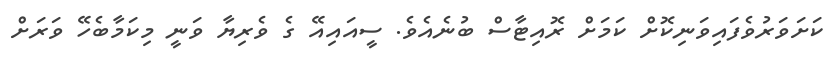
ކަށަވަރުވެފައިވަނިކޮށް ކަމަށް ރޮއިޓާސް ބުނެއެވެ. ސީއައިއޭ ގެ ވެރިޔާ ވަނީ މިކަމާބެހޭ ވަރަށް